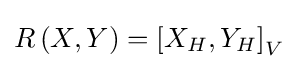
R\left(X,Y\right)=\left[X_{H},Y_{H}\right]_{V}